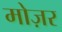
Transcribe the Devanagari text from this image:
मोज़र